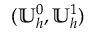
( \mathbb { U } _ { h } ^ { 0 } , \mathbb { U } _ { h } ^ { 1 } )